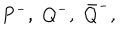
P ^ { - } , \, \, Q ^ { - } , \, \, \bar { Q } ^ { - } ,